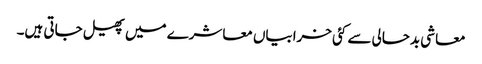
معاشی بدحالی سے کئی خرابیاں معاشرے میں پھیل جاتی ہیں۔